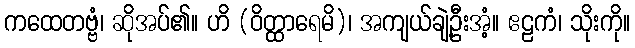
ကထေတဗ္ဗံ၊ ဆိုအပ်၏။ ဟိ (ဝိတ္ထာရေမိ)၊ အကျယ်ချဲ့ဦးအံ့။ ဧဠကံ၊ သိုးကို။